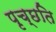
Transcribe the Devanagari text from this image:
पृच्छति